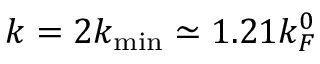
k = 2 k _ { \mathrm { m i n } } \simeq 1 . 2 1 k _ { F } ^ { 0 }